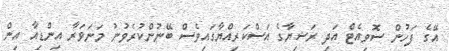
އޭގެ ފަހުން ސޮވިއެޓް އަދި ރަޝިޔާގެ އަސްކަރިއްޔާގައިވެސް ބޭނުންކުރެވުނު މަނަވަރާ އިންޑިއާ އިން